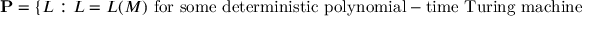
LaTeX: \mathbf { P } = \{ L : L = L ( M ) { \mathrm { ~ f o r ~ s o m e ~ d e t e r m i n i s t i c ~ p o l y n o m i a l - t i m e ~ T u r i n g ~ m a c h i n e ~ } } M \}